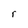
Character: r